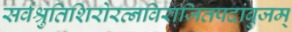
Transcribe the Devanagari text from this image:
सर्वश्रुतिशिरोरत्नविराजितपदांबुजम्